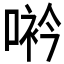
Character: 𠸐